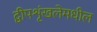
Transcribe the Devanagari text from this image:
द्वीपशृंखलेमधील